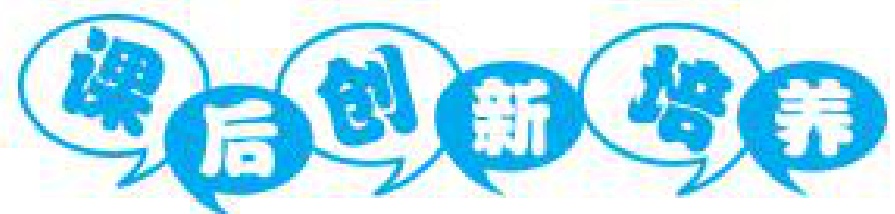
课 后 创 新 培 养